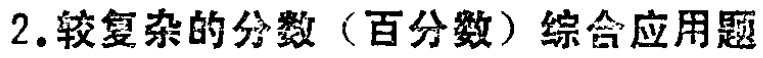
2.较复杂的分数（百分数）综合应用题